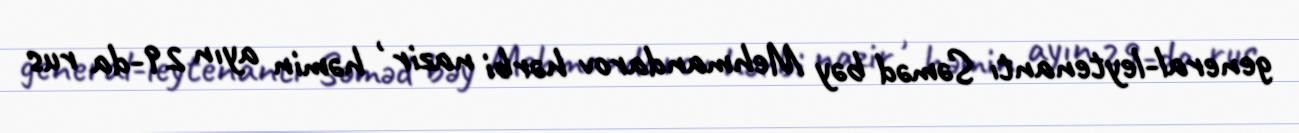
general-leytenantı Səməd bəy Mehmandarov hərbi nazir , həmin ayın 29-da rus